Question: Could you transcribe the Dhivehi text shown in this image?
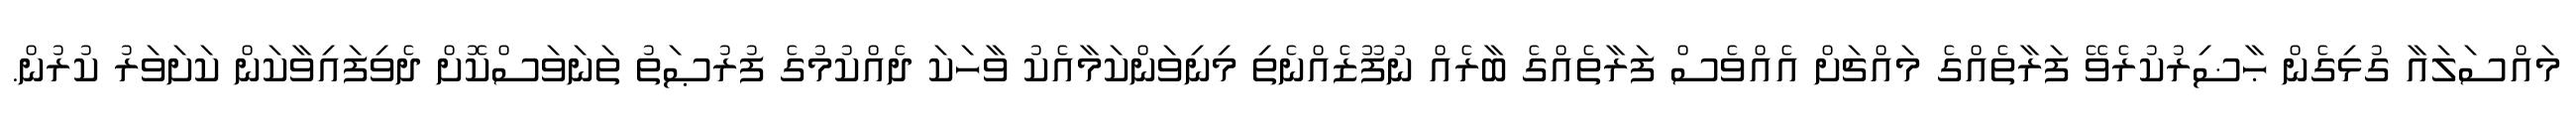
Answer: މައްސަލައާ ގުޅިގެން ޙާޟިރުކުރެވޭ ފަރާތެއްގެ މައްޗަށް އެއްވެސް ފަރާތެއްގެ ބާރެއް ނުފޫޒެއްނެތި މިނިވަންކަމާއެކު ވާހަކަ ދެއްކުމުގެ ފުރުޞަތު ތަނަވަސްކޮށް ދެވިފައިވާކަން ކަށަވަރު ކުރުން.